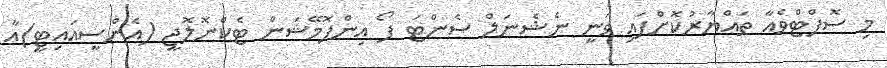
މި ސޮފްޓްވެއާ ތައްޔާރުކޮށްފައި ވަނީ ނެޝެނަލް ސެންޓަ ފޯ އިންފޮމޭޝަން ޓެކްނޮލޮޖީ (އެންސީއައިޓީ)އާ